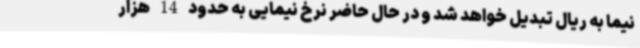
نیما به ریال تبدیل خواهد شد و در حال حاضر نرخ نیمایی به حدود 14 هزار